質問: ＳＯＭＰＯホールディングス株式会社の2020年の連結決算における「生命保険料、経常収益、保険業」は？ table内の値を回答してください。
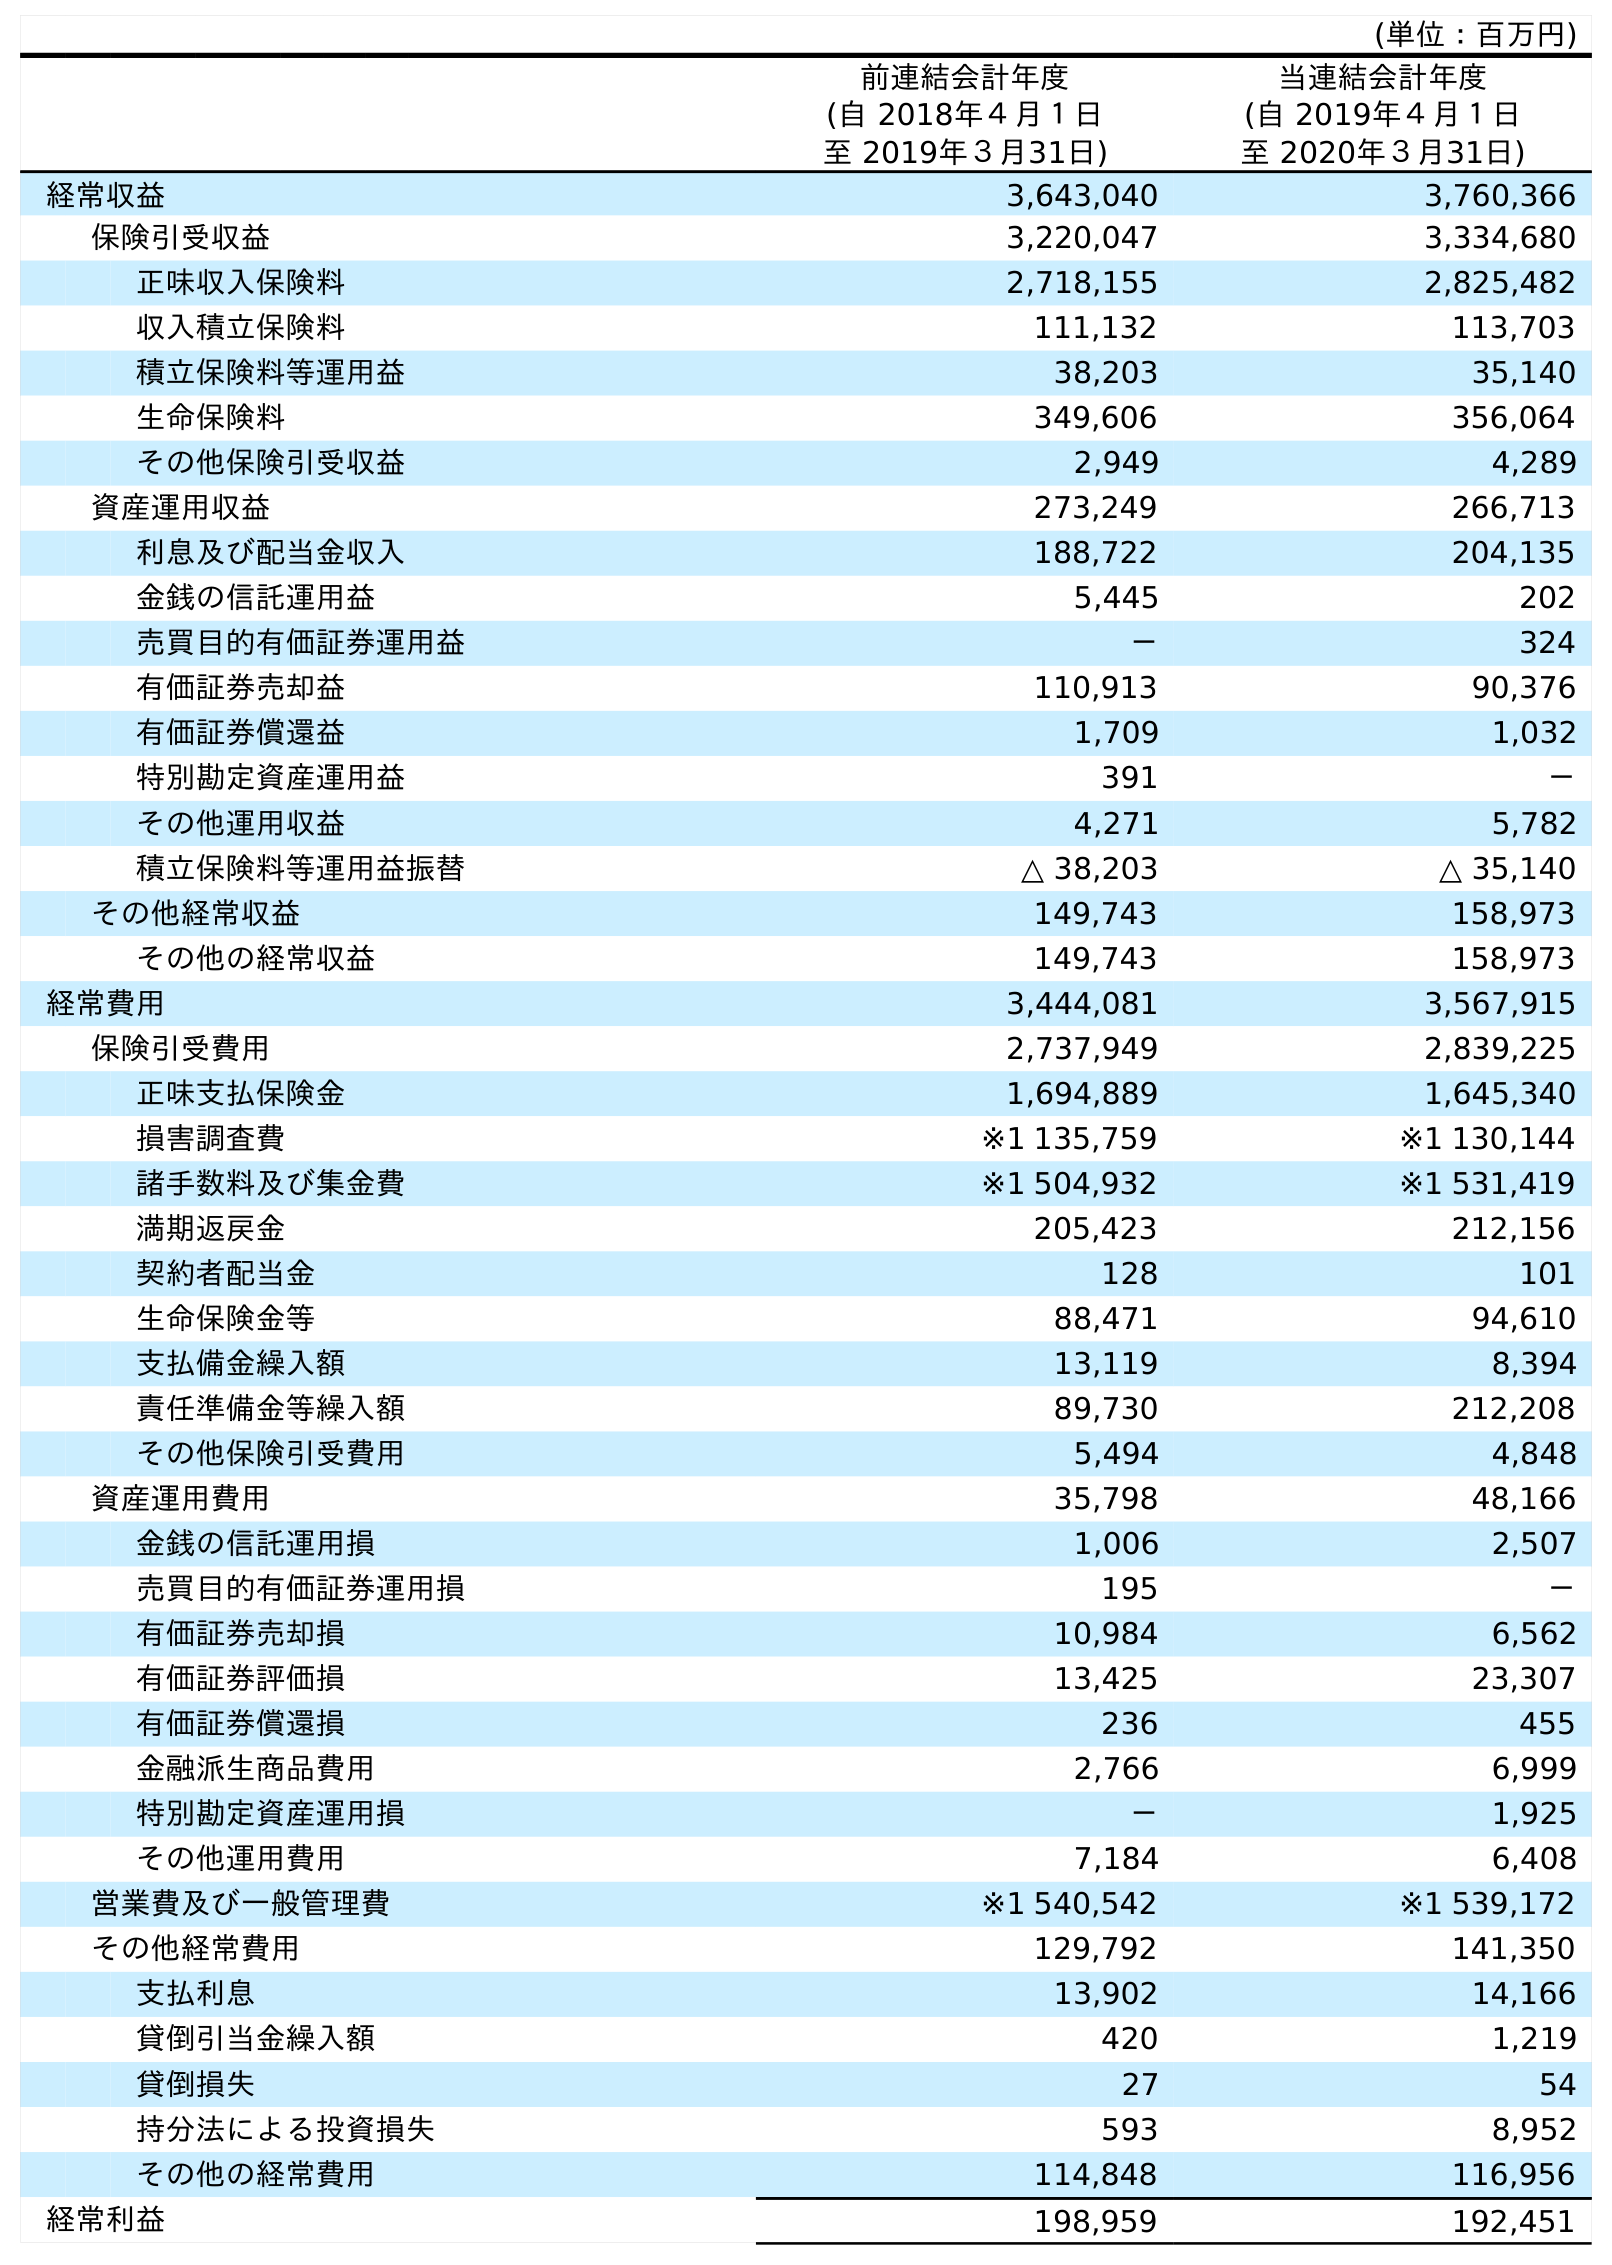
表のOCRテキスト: (単位：百万円) 前連結会計年度 (自 2018年４月１日 至 2019年３月31日) 当連結会計年度 (自 2019年４月１日 至 2020年３月31日) 経常収益 3,643,040 3,760,366 保険引受収益 3,220,047 3,334,680 正味収入保険料 2,718,155 2,825,482 収入積立保険料 111,132 113,703 積立保険料等運用益 38,203 35,140 生命保険料 349,606 356,064 その他保険引受収益 2,949 4,289 資産運用収益 273,249 266,713 利息及び配当金収入 188,722 204,135 金銭の信託運用益 5,445 202 売買目的有価証券運用益 － 324 有価証券売却益 110,913 90,376 有価証券償還益 1,709 1,032 特別勘定資産運用益 391 － その他運用収益 4,271 5,782 積立保険料等運用益振替 △ 38,203 △ 35,140 その他経常収益 149,743 158,973 その他の経常収益 149,743 158,973 経常費用 3,444,081 3,567,915 保険引受費用 2,737,949 2,839,225 正味支払保険金 1,694,889 1,645,340 損害調査費 ※1 135,759 ※1 130,144 諸手数料及び集金費 ※1 504,932 ※1 531,419 満期返戻金 205,423 212,156 契約者配当金 128 101 生命保険金等 88,471 94,610 支払備金繰入額 13,119 8,394 責任準備金等繰入額 89,730 212,208 その他保険引受費用 5,494 4,848 資産運用費用 35,798 48,166 金銭の信託運用損 1,006 2,507 売買目的有価証券運用損 195 － 有価証券売却損 10,984 6,562 有価証券評価損 13,425 23,307 有価証券償還損 236 455 金融派生商品費用 2,766 6,999 特別勘定資産運用損 － 1,925 その他運用費用 7,184 6,408 営業費及び一般管理費 ※1 540,542 ※1 539,172 その他経常費用 129,792 141,350 支払利息 13,902 14,166 貸倒引当金繰入額 420 1,219 貸倒損失 27 54 持分法による投資損失 593 8,952 その他の経常費用 114,848 116,956 経常利益 198,959 192,451
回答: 356,064